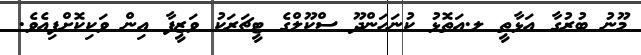
މޫނު ބުރުގާ އަޅާތީ ލ.އަތޮޅު ކުނަހަންދޫ ސްކޫލްގެ ޓީޗަރަކު ވަޒީފާ އިން ވަކިކޮށްފިއެވެ.